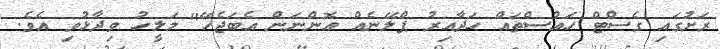
ރަށުގައި ގެސްޓް ހައުސްތައް ހަދާއިރު ޕްލޭނެއް އޮންނަން އެބަޖެހޭ" މަލީހު ވިދާޅުވި އެވެ.